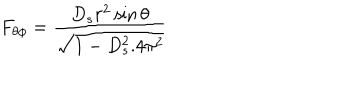
LaTeX: F _ { \theta \phi } = \frac { D _ { s } r ^ { 2 } \sin \theta } { \sqrt { 1 - D _ { s } ^ { 2 } . 4 \pi ^ { 2 } } }